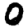
Digit: 0